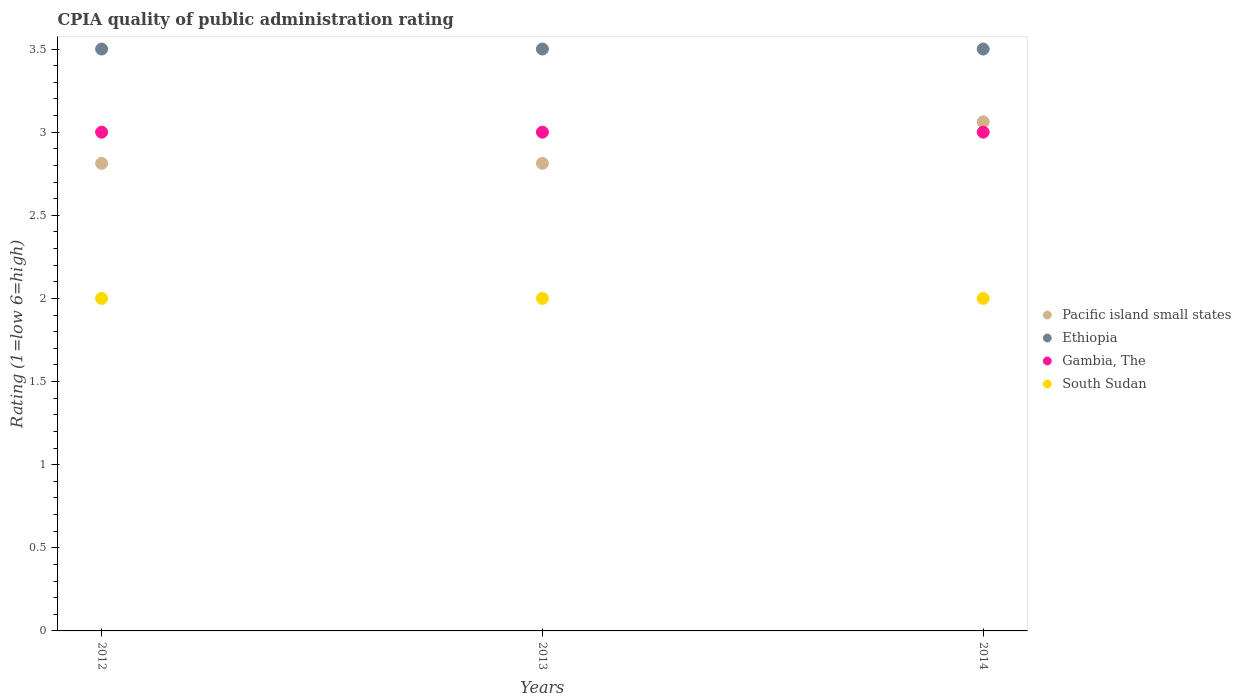
| Years | Pacific island small states | Ethiopia | Gambia, The | South Sudan |
 | --- | --- | --- | --- | --- |
 | 2012 | 2.81 | 3.5 | 3 | 2 |
 | 2013 | 2.81 | 3.5 | 3 | 2 |
 | 2014 | 3.06 | 3.5 | 3 | 2 |